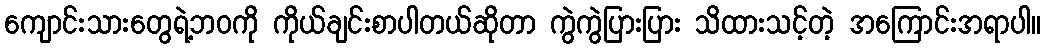
ကျောင်းသားတွေရဲ့ဘဝကို ကိုယ်ချင်းစာပါတယ်ဆိုတာ ကွဲကွဲပြားပြား သိထားသင့်တဲ့ အကြောင်းအရာပါ။